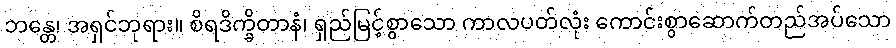
ဘန္တေ၊ အရှင်ဘုရား။ စိရဒိက္ခိတာနံ၊ ရှည်မြင့်စွာသော ကာလပတ်လုံး ကောင်းစွာဆောက်တည်အပ်သော